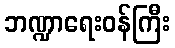
ဘဏ္ဍာရေးဝန်ကြီး